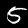
Label: 5